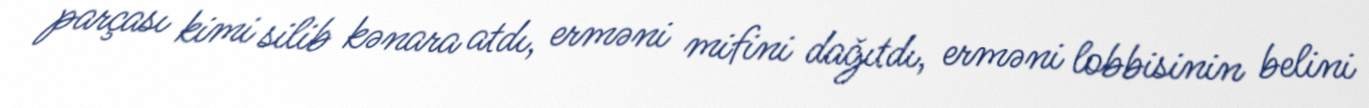
parçası kimi silib kənara atdı, erməni mifini dağıtdı, erməni lobbisinin belini